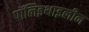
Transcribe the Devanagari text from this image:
पॉलिइथाइलीन